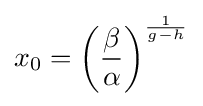
x_{0}=\left({\frac {\beta }{\alpha }}\right)^{\frac {1}{g-h}}